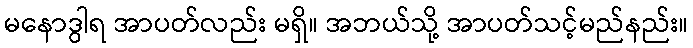
မနောဒွါရ အာပတ်လည်း မရှိ။ အဘယ်သို့ အာပတ်သင့်မည်နည်း။